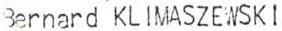
Bernard KLIMASZEWSKI